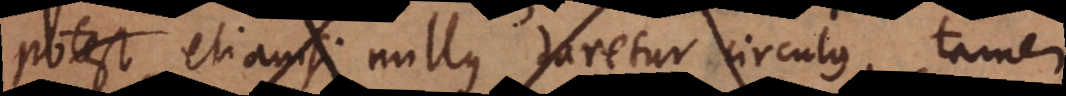
(ccc) etiamsi nullus daretur circulus, tamen